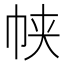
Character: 𱜤